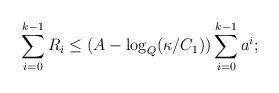
LaTeX: \begin{align*}\sum_{i = 0}^{k - 1} R_i \leq (A - \log_Q(\kappa/C_1))\sum_{i = 0}^{k - 1} a^i;\end{align*}